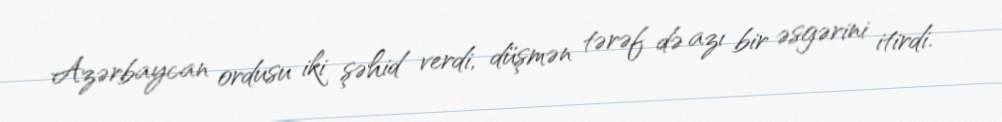
Azərbaycan ordusu iki şəhid verdi, düşmən tərəf də azı bir əsgərini itirdi.